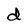
Character: d